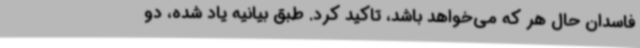
فاسدان حال هر که می‌خواهد باشد، تاکید کرد. طبق بیانیه یاد شده، دو